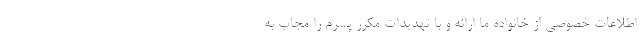
اطلاعات خصوصی از خانواده ما ارائه و با تهدیدات مکرر پسرم را مجاب به